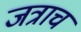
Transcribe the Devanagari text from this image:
जत्राच